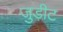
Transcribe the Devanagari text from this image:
जुड़ीट